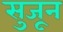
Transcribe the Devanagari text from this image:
सुजून